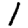
Digit: 1